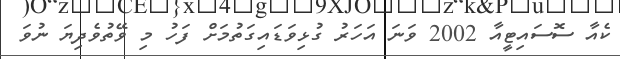
ކެއާ ސޮސައިޓީއާ 2002 ވަނަ އަހަރު ގުޅިވަޑައިގަތުމަށް ފަހު މި ވޭތުވެދިޔަ ނުވަ